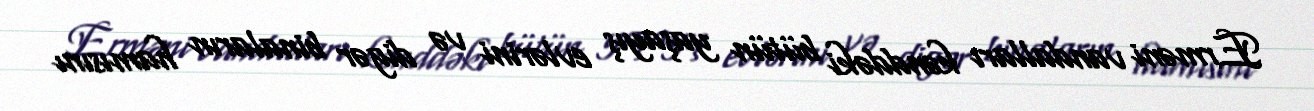
Erməni vandalları kənddəki bütün yaşayış evlərini və digər binaların hamısını